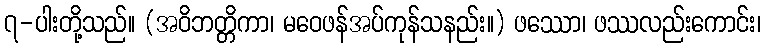
၇-ပါးတို့သည်။ (အဝိဘတ္တိကာ၊ မဝေဖန်အပ်ကုန်သနည်း။) ဖဿော၊ ဖဿလည်းကောင်း၊